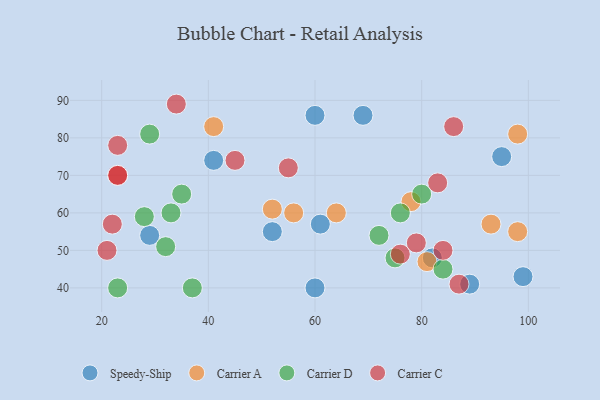
{"axis": {"x": "GDP", "y": "Life Expectancy"}, "legend": ["Carrier A", "Carrier C", "Carrier D", "Speedy-Ship"], "data": [{"x": "69", "y": 86, "type": "Speedy-Ship"}, {"x": "61", "y": 57, "type": "Speedy-Ship"}, {"x": "99", "y": 43, "type": "Speedy-Ship"}, {"x": "60", "y": 86, "type": "Speedy-Ship"}, {"x": "60", "y": 40, "type": "Speedy-Ship"}, {"x": "89", "y": 41, "type": "Speedy-Ship"}, {"x": "29", "y": 54, "type": "Speedy-Ship"}, {"x": "41", "y": 74, "type": "Speedy-Ship"}, {"x": "95", "y": 75, "type": "Speedy-Ship"}, {"x": "82", "y": 48, "type": "Speedy-Ship"}, {"x": "52", "y": 55, "type": "Speedy-Ship"}, {"x": "93", "y": 57, "type": "Carrier A"}, {"x": "98", "y": 55, "type": "Carrier A"}, {"x": "78", "y": 63, "type": "Carrier A"}, {"x": "52", "y": 61, "type": "Carrier A"}, {"x": "98", "y": 81, "type": "Carrier A"}, {"x": "81", "y": 47, "type": "Carrier A"}, {"x": "41", "y": 83, "type": "Carrier A"}, {"x": "56", "y": 60, "type": "Carrier A"}, {"x": "64", "y": 60, "type": "Carrier A"}, {"x": "28", "y": 59, "type": "Carrier D"}, {"x": "76", "y": 60, "type": "Carrier D"}, {"x": "23", "y": 40, "type": "Carrier D"}, {"x": "33", "y": 60, "type": "Carrier D"}, {"x": "29", "y": 81, "type": "Carrier D"}, {"x": "32", "y": 51, "type": "Carrier D"}, {"x": "37", "y": 40, "type": "Carrier D"}, {"x": "72", "y": 54, "type": "Carrier D"}, {"x": "84", "y": 45, "type": "Carrier D"}, {"x": "35", "y": 65, "type": "Carrier D"}, {"x": "75", "y": 48, "type": "Carrier D"}, {"x": "80", "y": 65, "type": "Carrier D"}, {"x": "23", "y": 70, "type": "Carrier C"}, {"x": "87", "y": 41, "type": "Carrier C"}, {"x": "23", "y": 70, "type": "Carrier C"}, {"x": "45", "y": 74, "type": "Carrier C"}, {"x": "22", "y": 57, "type": "Carrier C"}, {"x": "23", "y": 78, "type": "Carrier C"}, {"x": "84", "y": 50, "type": "Carrier C"}, {"x": "86", "y": 83, "type": "Carrier C"}, {"x": "34", "y": 89, "type": "Carrier C"}, {"x": "76", "y": 49, "type": "Carrier C"}, {"x": "79", "y": 52, "type": "Carrier C"}, {"x": "83", "y": 68, "type": "Carrier C"}, {"x": "55", "y": 72, "type": "Carrier C"}, {"x": "21", "y": 50, "type": "Carrier C"}]}